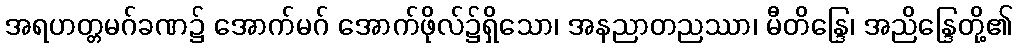
အရဟတ္တမဂ်ခဏ၌ အောက်မဂ် အောက်ဖိုလ်၌ရှိသော၊ အနညာတညဿာ၊ မီတိန္ဒြေ၊ အညိန္ဒြေတို့၏